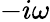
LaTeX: -i\omega